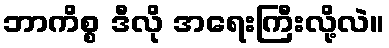
ဘာကိစ္စ ဒီလို အရေးကြီးလို့လဲ။